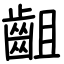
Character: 齟